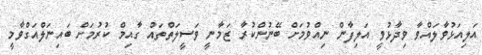
އަލިއަޅުވާލައްވާ ވިދާޅުވީ އަލިފާން ނިއްވުމަށް ބޭނުންކުރާ ޒަމާނީ ވަސީލަތްތައް ގާއިމް ކުރުމަށް ބައިނަލްއަގްވާމީ